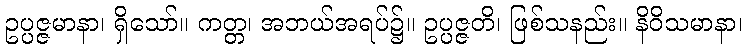
ဥပ္ပဇ္ဇမာနာ၊ ရှိသော်။ ကတ္တ၊ အဘယ်အရပ်၌။ ဥပ္ပဇ္ဇတိ၊ ဖြစ်သနည်း။ နိဝိသမာနာ၊